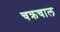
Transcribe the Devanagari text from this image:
चक्रचाल